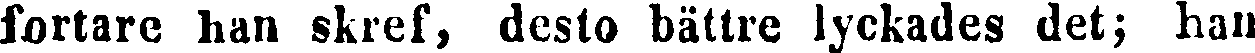
fortare han skref, desto bättre lyckades det; han